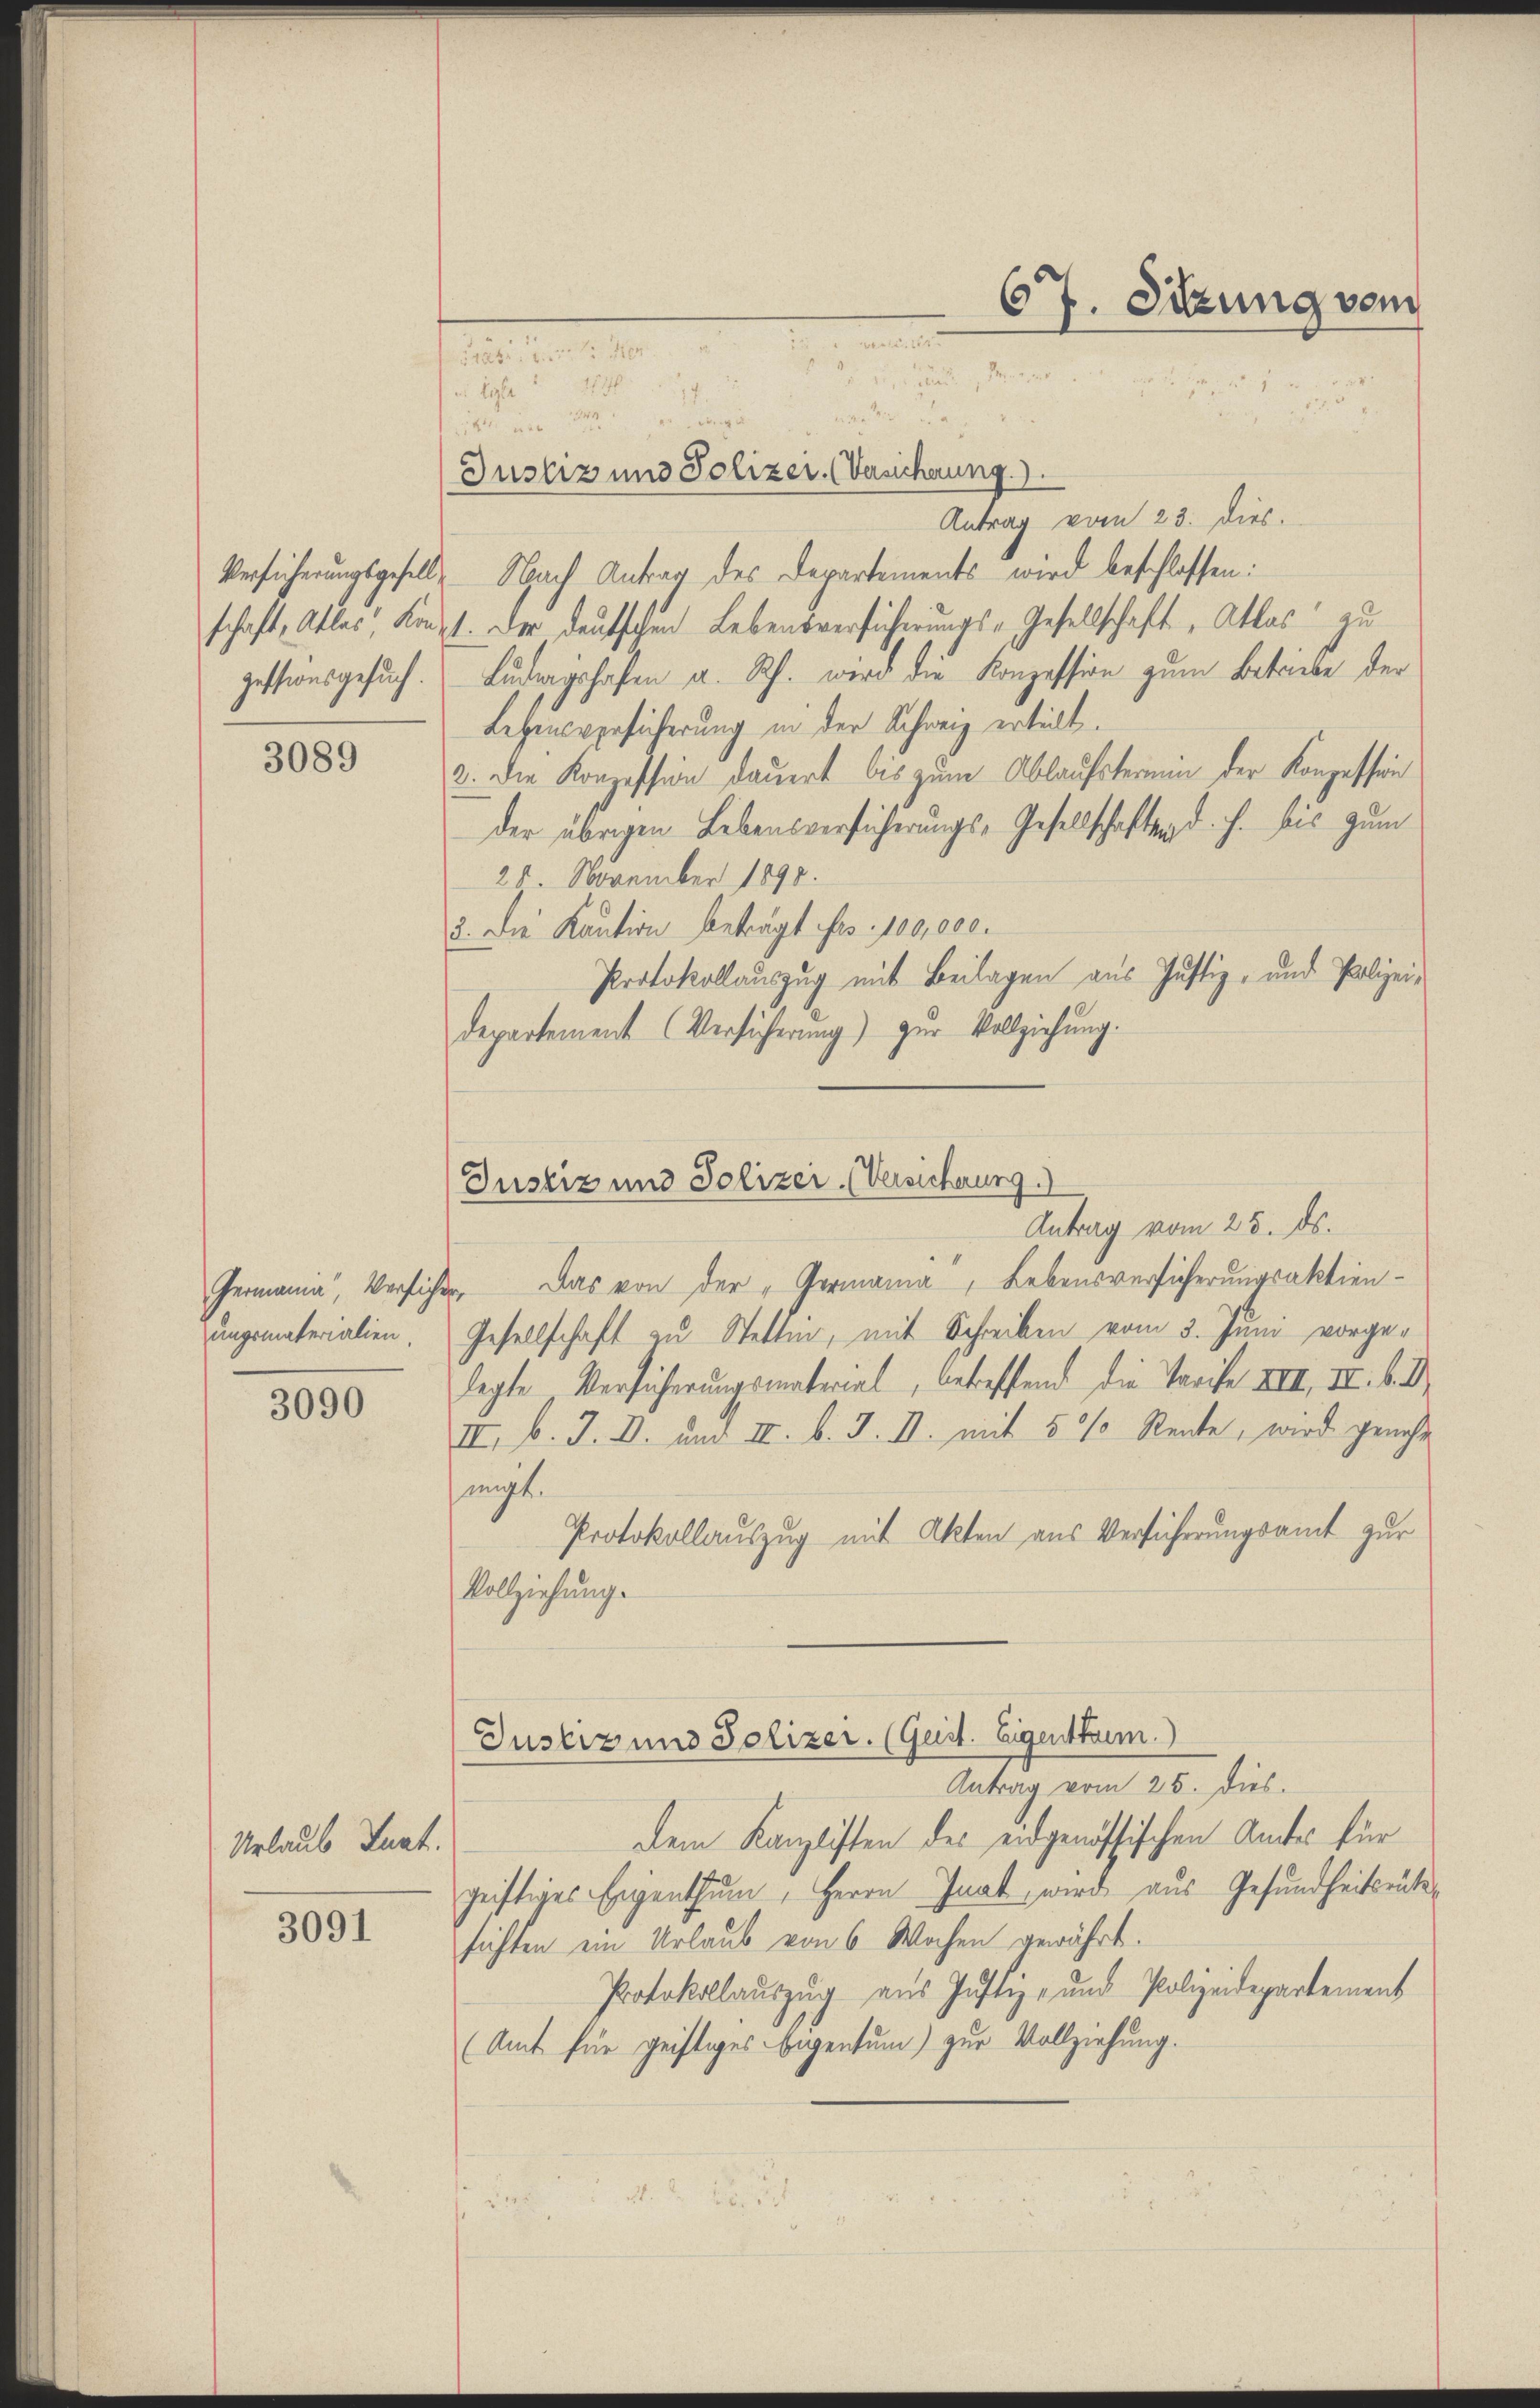
gestionsgesuch.

3089

ungsmaterialien.

3090

Urlaub Tuat.

3091

67. Sitzung vom
.
rat er
an, die
a. Als 214

17.

w
14 am 24.
Justiz und Polizer. (Versicherung.)
Antrag vom 23. Dies.
Versicherungsgesell, Nach Antrag des Departements wird beschlossen:
schaft, Alles, Konst. Der deutschen Lebensversicherungs-Gesellschaft, Atlas zu
Ludingshafen a. Rh. werd die Konzession zum Betriebe der
Lehensversicherung in der Schweiz erteilt.
3. Die Konzession dauert bis zum Ablaufstermin der Konzession
der übrigen Lebensversicherungs-Gesellschaften d. h. bis zum
28. November 1890.
3. Die Kaution beträgt Frs. 100,000.
Protokollauszug mit Beilagen aus Justiz- und Polizeidepartement (Versicherung) zŭr Vollziehung.
Antrag vom 25. ds.
Germania, Versicher. Das von der „Germanna, Lebensversicherungsaktien¬
Gesellschaft zu Stetten, mit Schreiben vom 3. Juni vorgelegte Versicherungsmaterial, betreffend die Tarife XIII. III. b. D
II. b. J. D. und II. b. J. II. mit 50 Rente, wird genehm
migt.
Protokollauszug mit Akten aus Versicherungsamt zur
Vollziehung.
Justiz und Polizer. (Geist. Eigenthum.)
Antrag vom 25. dies.
Dem Kanzlisten des eidgenössischen Amtes für
geistiges Eigenthum, Herrn Inat, wird aus Gesundheitsrutesichten ein Urlaub von 6 Wochen gewährt.
Protokollauszug aus Justiz- und Polizeidepartement
(Amt für geistiges Eigentum) zur Vollziehung.
2

Justiz und Polizei (Versicherung